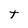
Character: T